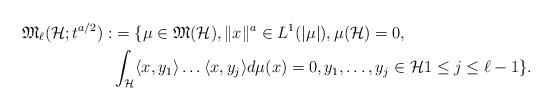
LaTeX: \begin{align*} \mathfrak{M}_{\ell}(\mathcal{H}; t^{a/2}):&= \{ \mu \in \mathfrak{M}(\mathcal{H}), \|x\|^{a} \in L^{1}(|\mu|), \mu(\mathcal{H})=0, \\ & \int_{\mathcal{H}} \langle x,y_{1} \rangle \ldots \langle x,y_{j} \rangle d\mu(x)=0, y_{1}, \ldots , y_{j} \in \mathcal{H} 1\leq j \leq \ell-1 \}.\end{align*}